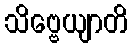
သိဗ္ဗေယျာတိ